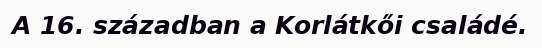
A 16. században a Korlátkői családé.